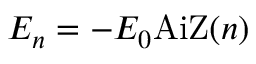
E _ { n } = - E _ { 0 } \mathrm { A i Z } ( n )